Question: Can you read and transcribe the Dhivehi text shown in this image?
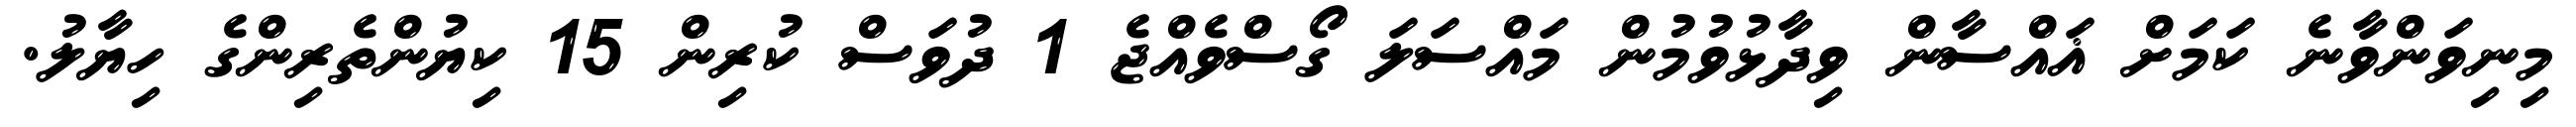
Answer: މިނިވަންވާނެ ކަމަށް ޣައްސާން ވިދާޅުވުމުން މައްސަލަ ގޯސްވެއްޖެ 1 ދުވަސް ކުރިން 15 ކިޔުންތެރިންގެ ހިޔާލު.